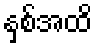
နှစ်အထိ